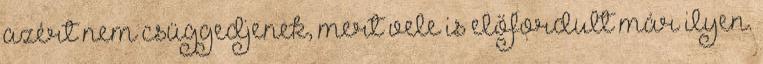
azért nem csüggedjenek, mert vele is előfordult már ilyen.